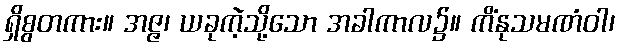
ရှိစွတကား။ အဇ္ဇ၊ ယခုကဲ့သို့သော အခါကာလ၌။ ကိံနုသမဏံဝါ၊